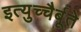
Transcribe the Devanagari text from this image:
इत्युच्चैर्बूते